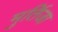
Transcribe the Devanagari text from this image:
मुर्तिजा